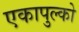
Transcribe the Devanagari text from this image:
एकापुल्को